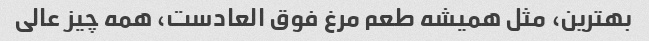
بهترین، مثل همیشه طعم مرغ فوق العادست، همه چیز عالی